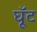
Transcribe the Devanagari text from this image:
घूॅट